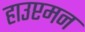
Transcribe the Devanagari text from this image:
हाउप्टमन